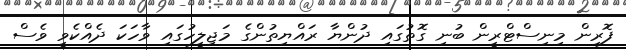
ފޮރިން މިނިސްޓްރީން ބުނި ގޮތުގައި ދުންޔާ ރައްޔިތުންގެ މަޖިލީހުގައި ވާހަކަ ދެއްކެވީ ވެސް